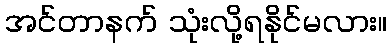
အင်တာနက် သုံးလို့ရနိုင်မလား။